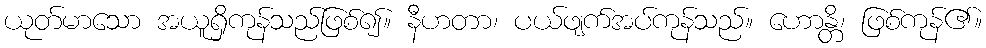
ယုတ်မာသော အယူရှိကုန်သည်ဖြစ်၍။ နီဟတာ၊ ပယ်ဖျက်အပ်ကုန်သည်။ ဟောန္တိ၊ ဖြစ်ကုန်၏။